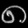
Digit: ၈